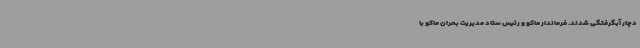
دچار آبگرفتگی شدند. فرماندار ماکو و رئیس ستاد مدیریت بحران ماکو با